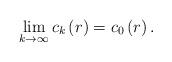
LaTeX: \begin{align*}\lim\limits_{k\rightarrow\infty}c_{k}\left( r\right) =c_{0}\left( r\right). \end{align*}